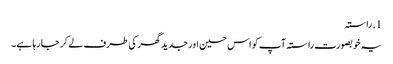
1. ​راستہ
یہ خوبصورت راستہ آپ کو اس حسین اور جدید گھر کی طرف لے کر جا رہا ہے۔